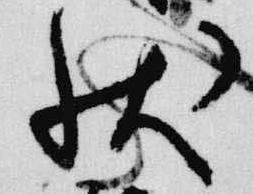
状